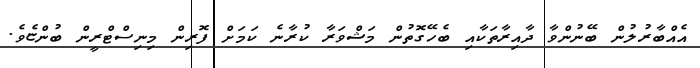
އެއްބާރުލުން ބޭނުންވާ ދާއިރާތަކާއި ބެހޭގޮތުން މަޝްވަރާ ކުރާނެ ކަމަށް ފޮރިން މިނިސްޓްރީން ބުންޏެވެ.